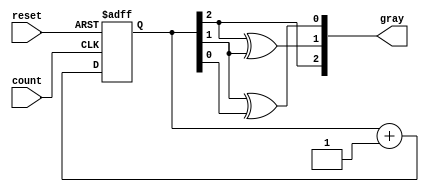
module gray_code_async_counter (
    input wire count,       // Asynchronous count signal
    input wire reset,       // Asynchronous reset signal
    output reg [2:0] gray   // 3-bit Gray code output
);

// Internal binary counter
reg [2:0] binary_count;

// Gray code conversion
always @(*) begin
    gray[2] = binary_count[2];
    gray[1] = binary_count[2] ^ binary_count[1];
    gray[0] = binary_count[1] ^ binary_count[0];
end

// Asynchronous reset and counting logic
always @(posedge count or posedge reset) begin
    if (reset) begin
        binary_count <= 3'b000; // Reset to 0
    end else begin
        binary_count <= binary_count + 1; // Increment binary count
    end
end

endmodule